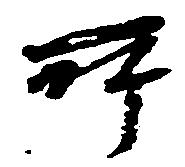
所